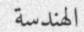
الهندسة